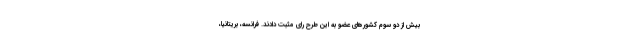
بیش از دو سوم کشورهای عضو به این طرح رای مثبت دادند. فرانسه، بریتانیا،